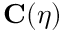
{ \bf C } ( \eta )